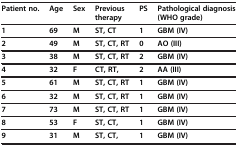
<table><thead><tr><td><b>Patient no.</b></td><td><b>Age</b></td><td><b>Sex</b></td><td><b>Previous therapy</b></td><td><b>PS</b></td><td><b>Pathological diagnosis (WHO grade)</b></td></tr></thead><tbody><tr><td><b>1</b></td><td><b>69</b></td><td><b>M</b></td><td><b>ST, CT</b></td><td><b>1</b></td><td><b>GBM (IV)</b></td></tr><tr><td><b>2</b></td><td><b>49</b></td><td><b>M</b></td><td><b>ST, CT, RT</b></td><td><b>0</b></td><td><b>AO (III)</b></td></tr><tr><td><b>3</b></td><td><b>38</b></td><td><b>M</b></td><td><b>ST, CT, RT</b></td><td><b>2</b></td><td><b>GBM (IV)</b></td></tr><tr><td><b>4</b></td><td><b>32</b></td><td><b>F</b></td><td><b>CT, RT,</b></td><td><b>2</b></td><td><b>AA (III)</b></td></tr><tr><td><b>5</b></td><td><b>61</b></td><td><b>M</b></td><td><b>ST, CT, RT</b></td><td><b>1</b></td><td><b>GBM (IV)</b></td></tr><tr><td><b>6</b></td><td><b>32</b></td><td><b>M</b></td><td><b>ST, CT, RT</b></td><td><b>1</b></td><td><b>GBM (IV)</b></td></tr><tr><td><b>7</b></td><td><b>73</b></td><td><b>M</b></td><td><b>ST, CT, RT</b></td><td><b>1</b></td><td><b>GBM (IV)</b></td></tr><tr><td><b>8</b></td><td><b>53</b></td><td><b>F</b></td><td><b>ST, CT,</b></td><td><b>1</b></td><td><b>GBM (IV)</b></td></tr><tr><td><b>9</b></td><td><b>31</b></td><td><b>M</b></td><td><b>ST, CT,</b></td><td><b>1</b></td><td><b>GBM (IV)</b></td></tr></tbody></table>